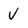
Character: v